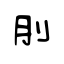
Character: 刖